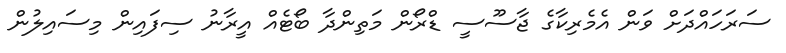
ސަރަހައްދަށް ވަން އެމެރިކާގެ ޖާސޫސީ ޑްރޯން މަތިންދާ ބޯޓެއް އީރާނު ސިފައިން މިސައިލުން